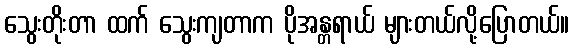
သွေးတိုးတာ ထက် သွေးကျတာက ပိုအန္တရာယ် များတယ်လို့ပြောတယ်။